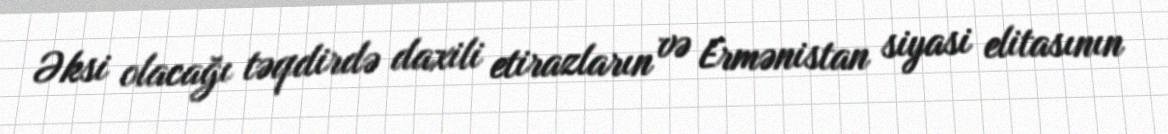
Əksi olacağı təqdirdə daxili etirazların və Ermənistan siyasi elitasının